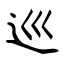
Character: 巡